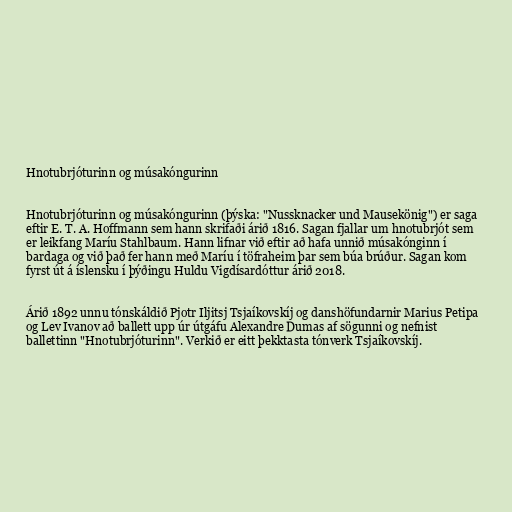
Hnotubrjóturinn og músakóngurinn

Hnotubrjóturinn og músakóngurinn (þýska: "Nussknacker und Mausekönig") er saga
eftir E. T. A. Hoffmann sem hann skrifaði árið 1816. Sagan fjallar um hnotubrjót sem
er leikfang Maríu Stahlbaum. Hann lifnar við eftir að hafa unnið músakónginn í
bardaga og við það fer hann með Maríu í töfraheim þar sem búa brúður. Sagan kom
fyrst út á íslensku í þýðingu Huldu Vigdísardóttur árið 2018.

Árið 1892 unnu tónskáldið Pjotr Iljitsj Tsjaíkovskíj og danshöfundarnir Marius Petipa
og Lev Ivanov að ballett upp úr útgáfu Alexandre Dumas af sögunni og nefnist
ballettinn "Hnotubrjóturinn". Verkið er eitt þekktasta tónverk Tsjaíkovskíj.